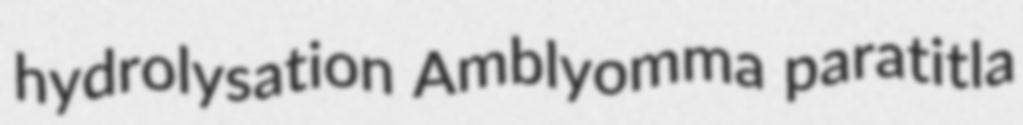
hydrolysation Amblyomma paratitla